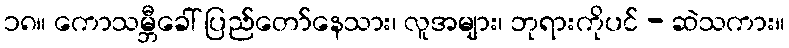
၁၈။ ကောသမ္ဘီခေါ် ပြည်တော်နေသား၊ လူအများ၊ ဘုရားကိုပင် - ဆဲသကား။